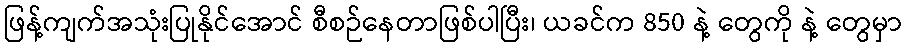
ဖြန့်ကျက်အသုံးပြုနိုင်အောင် စီစဉ်နေတာဖြစ်ပါပြီး၊ ယခင်က 850 နဲ့ တွေကို နဲ့ တွေမှာ